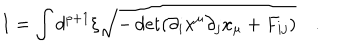
LaTeX: I = \int d ^ { p + 1 } \xi \sqrt { - \det ( \partial _ { i } x ^ { \mu } \partial _ { j } x _ { \mu } + F _ { i j } ) } \quad .